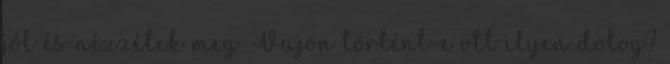
jól és nézzétek meg: Vajon történt-e ott ilyen dolog?